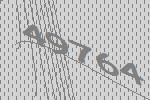
49764